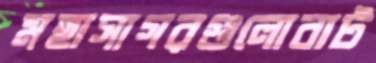
মহাসাগরগুলোবাট